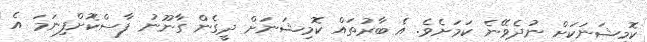
ކޮމިޝަނަކަށް ނުދެވޭނެ ކަމަށެވެ. އެ ބާރުތައް ކޮމިޝަނަށް ދީގެން ގާނޫނު ފާސްކޮށްފިނަމަ އެ